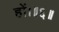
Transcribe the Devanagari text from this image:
हों।॥६॥